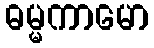
ဓမ္မကာမော